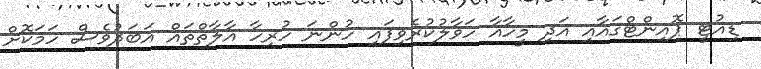
ޑިއުޓީ ޕޮއިންޓްގައާއި އަދި މީހާއާ ހަވާލުކުރެވިފައި ހުންނަ ހުރިހާ އާލާތްތައް އަބަދުވެސް ހަމަކޮށް